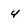
Character: 4